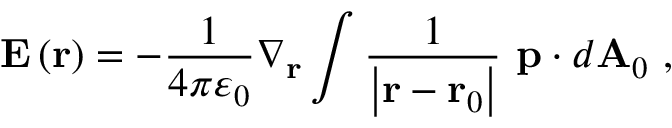
\mathbf { E } \left( \mathbf { r } \right) = - { \frac { 1 } { 4 \pi \varepsilon _ { 0 } } } \nabla _ { \mathbf { r } } \int { \frac { 1 } { \left| \mathbf { r } - \mathbf { r } _ { 0 } \right| } } \ \mathbf { p } \cdot d \mathbf { A } _ { 0 } \ ,